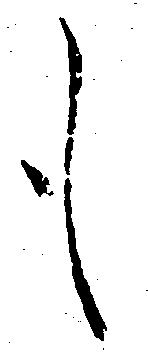
も